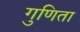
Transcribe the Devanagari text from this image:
गुणिता